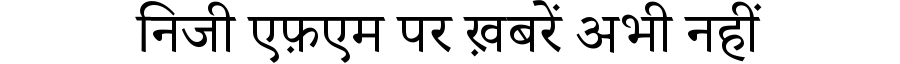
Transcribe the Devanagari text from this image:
निजी एफ़एम पर ख़बरें अभी नहीं